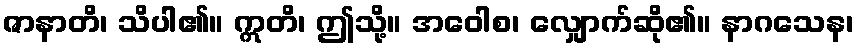
ဇာနာတိ၊ သိပါ၏။ ဣတိ၊ ဤသို့။ အဝေါစ၊ လျှောက်ဆို၏။ နာဂသေန၊